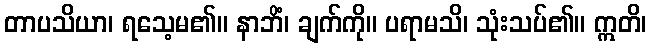
တာပသိယာ၊ ရသေ့မ၏။ နာဘိံ၊ ချက်ကို။ ပရာမသိ၊ သုံးသပ်၏။ ဣတိ၊